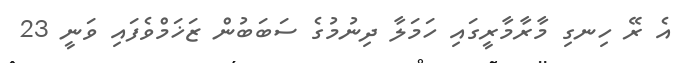
އެ ރޭ ހިނގި މާރާމާރީގައި ހަމަލާ ދިނުމުގެ ސަބަބުން ޒަޚަމްވެފައި ވަނީ 23